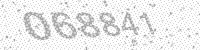
Solution: 068841